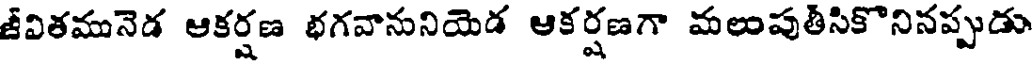
జీవితమునెడ ఆకర్షణ భగవానునియెడ ఆకర్షణగా మలుపుతీసికొనినప్పుడు